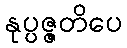
နုပ္ပဇ္ဇတိပေ